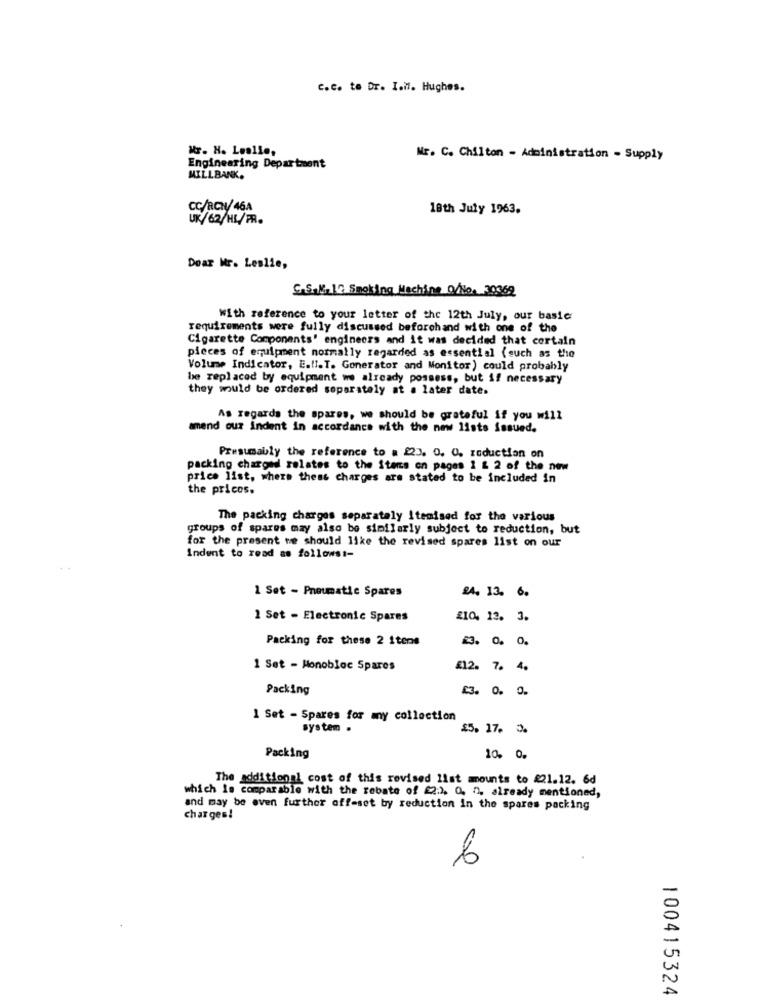
c.c. to Dr. I.M. Hughes.
Mr. H. Leslie,
Mr. C. Chilton - Administration - Supply
Engineering Department
MILLBANK.
CC/RCM/ 46A
18th July 1963.
/62/HL/FR.
Dear Mr. Leslie,
C.S.ME21: Smoking Machine O/io. 30369
With reference to your letter of the 12th July, our basic
requirements were fully discussed beforehand with one of the
Cigarette Components' engineers and it was decided that certain
pieces of equipment normally regarded as essential (such as the
Volume Indicator, E.U.T. Generator and Monitor) could probably
be replaced by equipment we already possess, but if necessary
they would be ordered separately at . later date.
As regards the spares, we should be grateful if you will
amend our indent in accordance with the new lists issued.
Presumably the reference to # 223. 0. O. roduction on
packing charged relates to the items on pages 1 & 2 of the new
price list, where thess charges are stated to be included in
the pricos.
The packing charges separately Itemised for the various
groups of spares may also be similarly subject to reduction, but
for the present we should like the revised spares list on our
Indent to read as follows1-
1 Set - Pneumatic Spares
24. 13. 6.
1 Set - Electronic Spares
210. 12. 3.
Packing for these 2 itens
1 Set - Monobloc Spares
£12. 7. 4.
Packing
£3. 0.
0.
1 Set - Spares for any collection
system .
£5. 17. 3.
Packing
10. 0.
The additional cost of this revised list mounts to #21.12. 6d
which is comparable with the rebate of 22:2. 0. 0. already mentioned,
and may be even further off-set by reduction in the spares packing
charges!
6
100415324